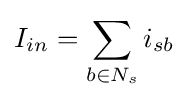
I_{in}=\sum _{b\in N_{s}}i_{sb}